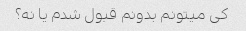
کی میتونم بدونم قبول شدم یا نه؟